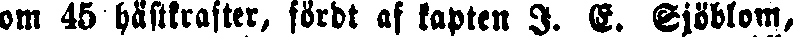
om 45 hästkrafter, fördt af kapten I. C. Sjöblom,